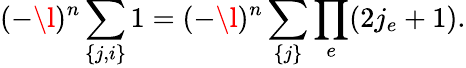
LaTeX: (-\l)^{n}\sum_{\{ j,i\} }1=(-\l)^{n}\sum_{\{ j\} }\prod_{e}(2j_{e}+1).